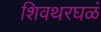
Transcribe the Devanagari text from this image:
शिवथरघळं